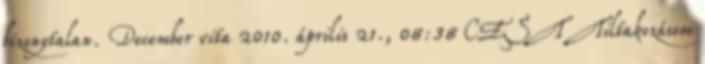
bizonytalan. December vita 2010. április 21., 08:38 CEST Tiltakozásom